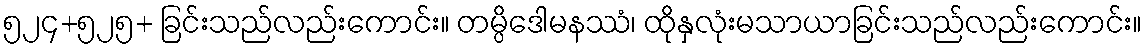
၅၂၄+၅၂၅+ ခြင်းသည်လည်းကောင်း။ တမ္ပိဒေါမနဿံ၊ ထိုနှလုံးမသာယာခြင်းသည်လည်းကောင်း။